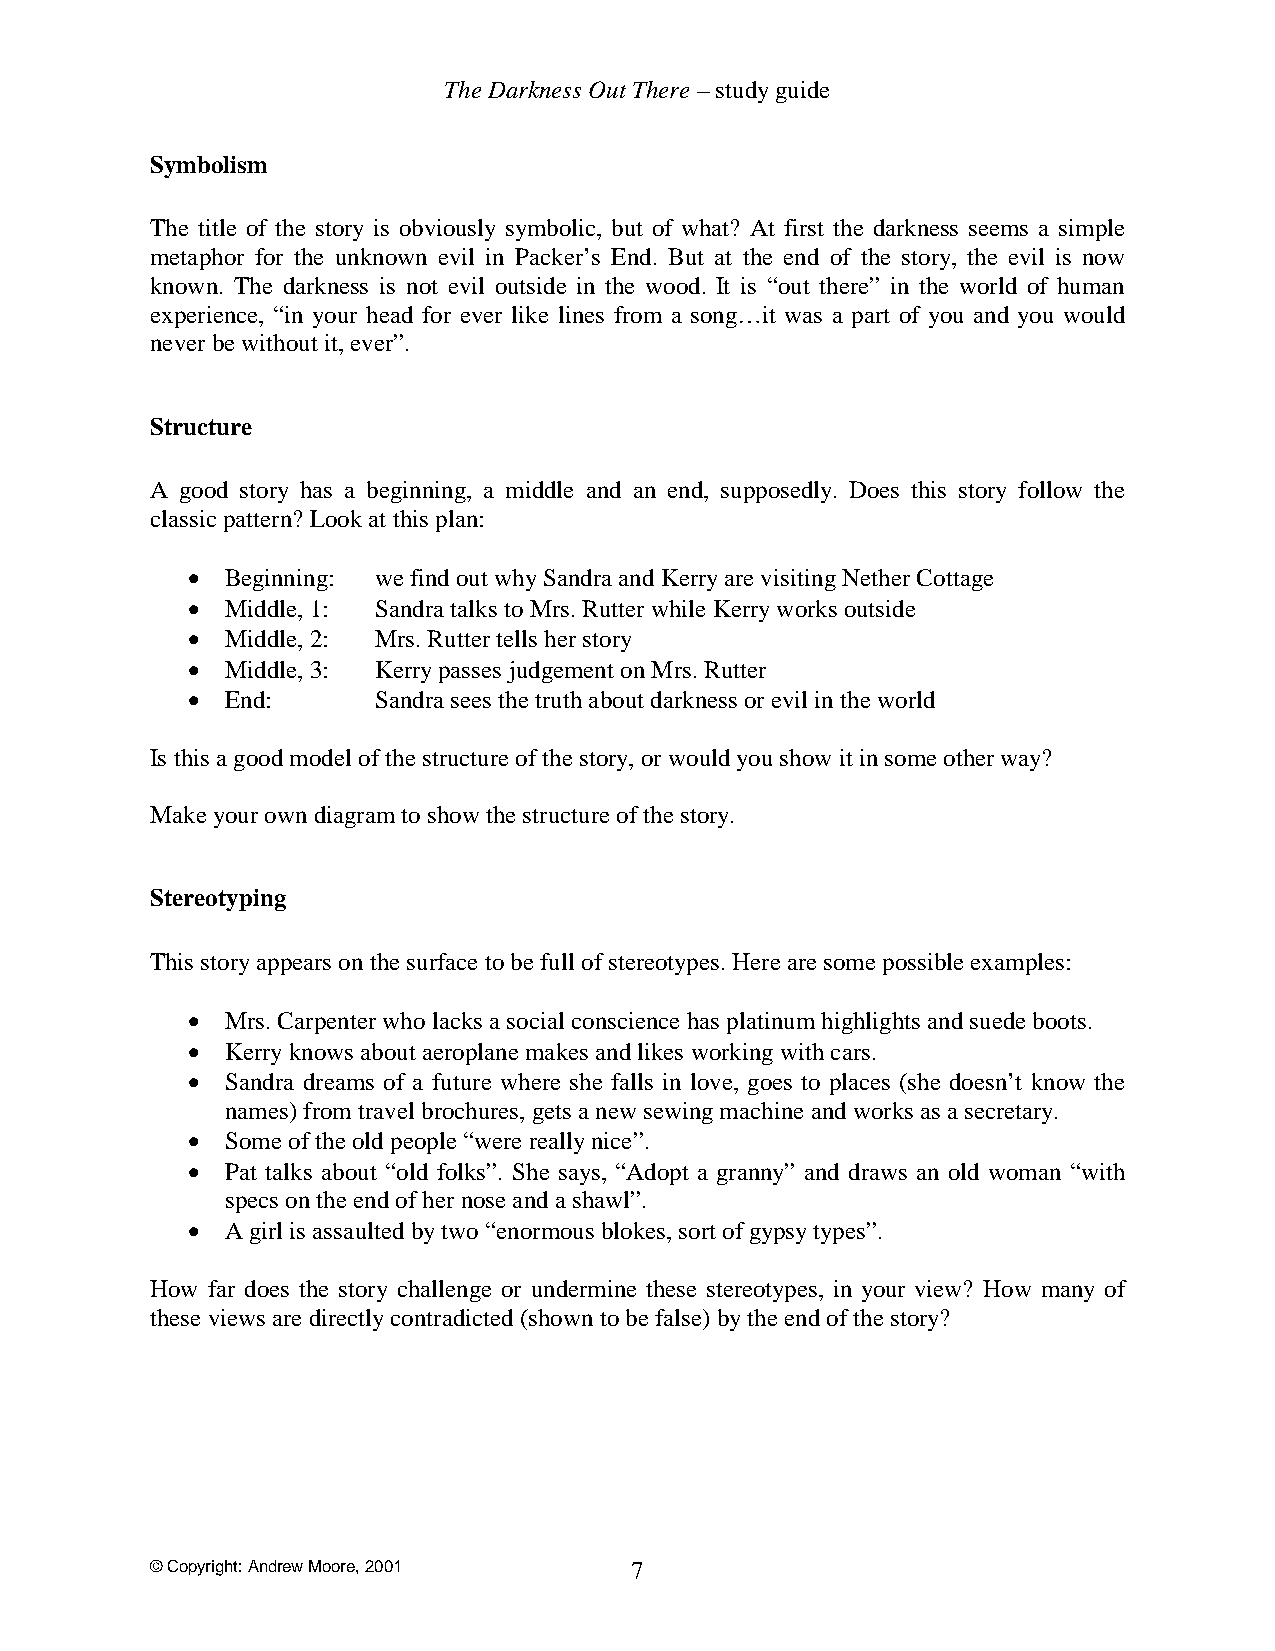
The Darkness Out There – study guide
 Symbolism
 The title of the story is obviously symbolic, but of what? At first the darkness seems a simple
 metaphor for the unknown evil in Packer’s End. But at the end of the story, the evil is now
 known. The darkness is not evil outside in the wood. It is “out there” in the world of human
 experience, “in your head for ever like lines from a song…it was a part of you and you would
 never be without it, ever”.
 Structure
 A good story has a beginning, a middle and an end, supposedly. Does this story follow the
 classic pattern? Look at this plan:
 •  Beginning: we find out why Sandra and Kerry are visiting Nether Cottage
 •  Middle, 1: Sandra talks to Mrs. Rutter while Kerry works outside
 •  Middle, 2: Mrs. Rutter tells her story
 •  Middle, 3: Kerry passes judgement on Mrs. Rutter
 •  End:      Sandra sees the truth about darkness or evil in the world
 Is this a good model of the structure of the story, or would you show it in some other way?
 Make your own diagram to show the structure of the story.
 Stereotyping
 This story appears on the surface to be full of stereotypes. Here are some possible examples:
 •  Mrs. Carpenter who lacks a social conscience has platinum highlights and suede boots.
 •  Kerry knows about aeroplane makes and likes working with cars.
 •  Sandra dreams of a future where she falls in love, goes to places (she doesn’t know the
 names) from travel brochures, gets a new sewing machine and works as a secretary.
 •  Some of the old people “were really nice”.
 •  Pat talks about “old folks”. She says, “Adopt a granny” and draws an old woman “with
 specs on the end of her nose and a shawl”.
 •  A girl is assaulted by two “enormous blokes, sort of gypsy types”.
 How far does the story challenge or undermine these stereotypes, in your view? How many of
 these views are directly contradicted (shown to be false) by the end of the story?
 © Copyright: Andrew Moore, 2001 7